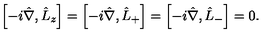
\left[ - i \hat { \nabla } , \hat { L } _ { z } \right] = \left[ - i \hat { \nabla } , \hat { L } _ { + } \right] = \left[ - i \hat { \nabla } , \hat { L } _ { - } \right] = 0 .